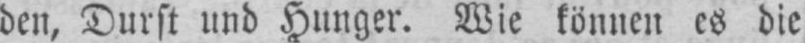
den, Durst und Hunger. Wie können es die